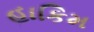
હાકિમ